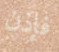
فإذن